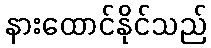
နားထောင်နိုင်သည်